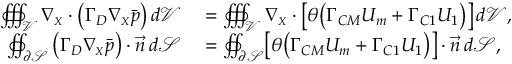
\begin{array} { r l } { \oiiint _ { \mathcal { V } } { \boldsymbol { \nabla _ { \scriptscriptstyle X } } \cdot \left( \boldsymbol { \Gamma _ { D } } \boldsymbol { \nabla _ { \scriptscriptstyle X } } \Bar { p } \right) } \, d \mathcal { V } } & { { } = \oiiint _ { \mathcal { V } } \boldsymbol { \nabla _ { \scriptscriptstyle X } } \cdot \bigl [ \theta \bigl ( \boldsymbol { \Gamma _ { C M } } \boldsymbol { U _ { m } } + \boldsymbol { \Gamma _ { C 1 } } \boldsymbol { U _ { 1 } } \bigr ) \bigr ] \, d \mathcal { V } , } \\ { \oiint _ { \partial \mathcal { S } } \left( \boldsymbol { \Gamma _ { D } } \boldsymbol { \nabla _ { \scriptscriptstyle X } } \Bar { p } \right) \cdot \vec { \boldsymbol { n } } \, d \mathcal { S } } & { { } = \oiint _ { \partial \mathcal { S } } \bigl [ \theta \bigl ( \boldsymbol { \Gamma _ { C M } } \boldsymbol { U _ { m } } + \boldsymbol { \Gamma _ { C 1 } } \boldsymbol { U _ { 1 } } \bigr ) \bigr ] \cdot \vec { \boldsymbol { n } } \, d \mathcal { S } , } \end{array}